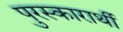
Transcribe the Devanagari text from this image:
पुरस्कारार्थी